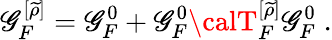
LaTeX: \mathscr{G}_{F}^{[\widetilde{{\rho}}]}=\mathscr{G}_{F}^{0}+\mathscr{G}_{F}^{0}{\calT}_{F}^{[\widetilde{{\rho}}]}\mathscr{G}_{F}^{0}\; .